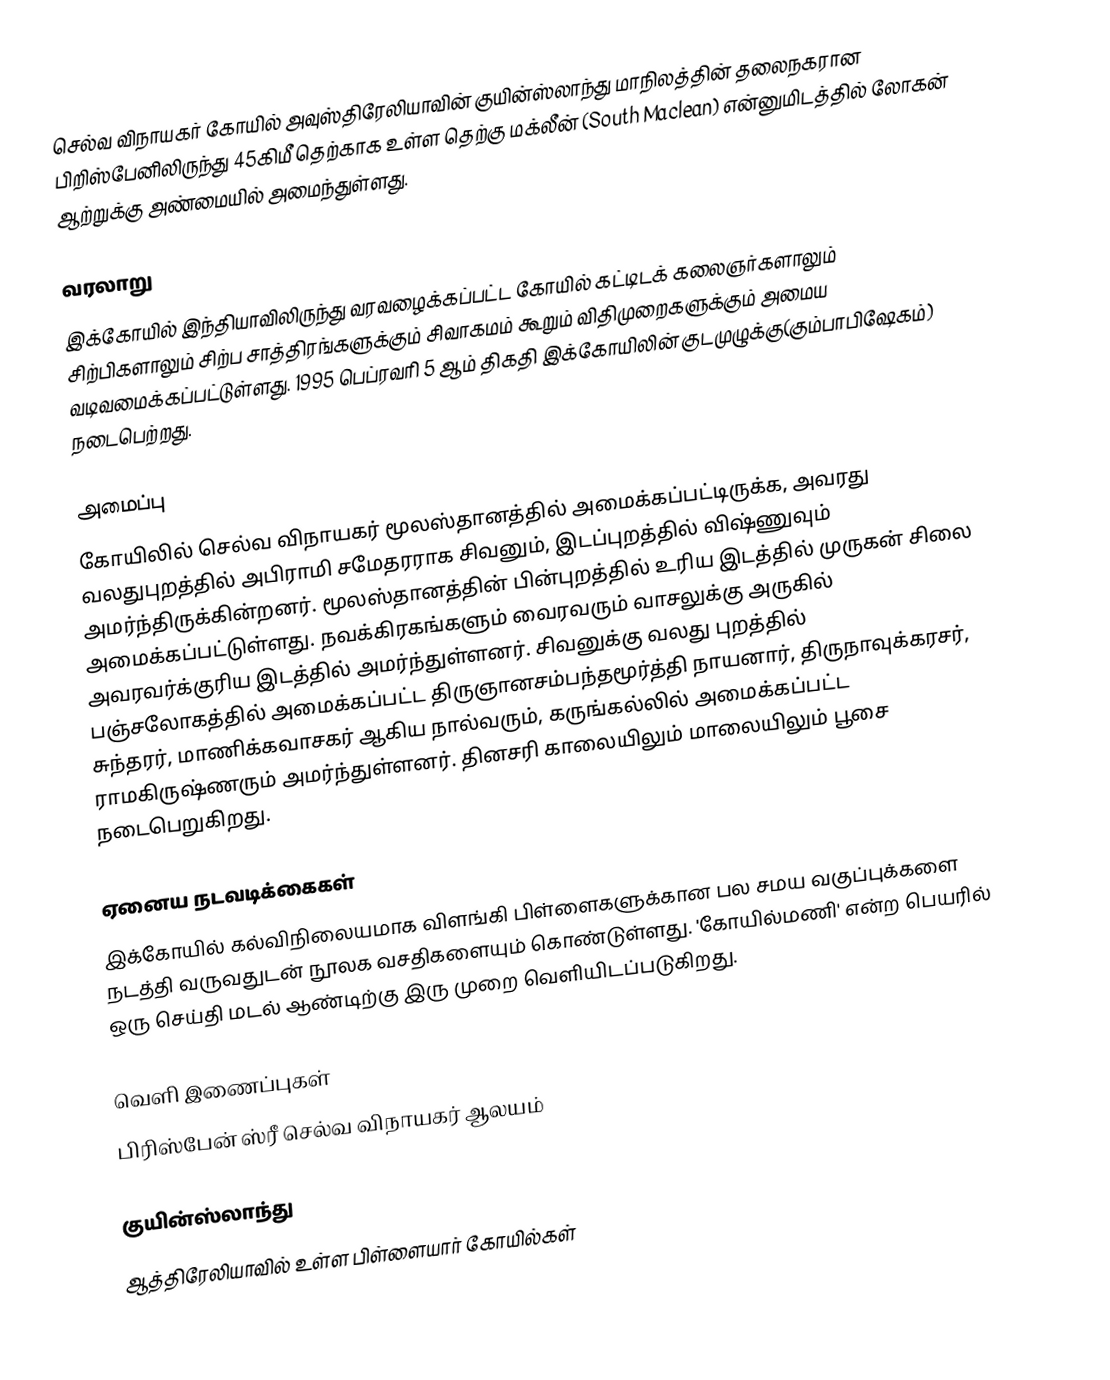
செல்வ விநாயகர் கோயில் அவுஸ்திரேலியாவின் குயின்ஸ்லாந்து மாநிலத்தின் தலைநகரான பிறிஸ்பேனிலிருந்து 45கிமீ தெற்காக உள்ள தெற்கு மக்லீன் (South Maclean) என்னுமிடத்தில் லோகன் ஆற்றுக்கு அண்மையில் அமைந்துள்ளது.

வரலாறு
இக்கோயில் இந்தியாவிலிருந்து வரவழைக்கப்பட்ட கோயில் கட்டிடக் கலைஞர்களாலும் சிற்பிகளாலும் சிற்ப சாத்திரங்களுக்கும் சிவாகமம் கூறும் விதிமுறைகளுக்கும் அமைய வடிவமைக்கப்பட்டுள்ளது. 1995 பெப்ரவரி 5 ஆம் திகதி இக்கோயிலின் குடமுழுக்கு(கும்பாபிஷேகம்) நடைபெற்றது.

அமைப்பு
கோயிலில் செல்வ விநாயகர் மூலஸ்தானத்தில் அமைக்கப்பட்டிருக்க, அவரது வலதுபுறத்தில் அபிராமி சமேதரராக சிவனும், இடப்புறத்தில் விஷ்ணுவும் அமர்ந்திருக்கின்றனர். மூலஸ்தானத்தின் பின்புறத்தில் உரிய இடத்தில் முருகன் சிலை அமைக்கப்பட்டுள்ளது. நவக்கிரகங்களும் வைரவரும் வாசலுக்கு அருகில் அவரவர்க்குரிய இடத்தில் அமர்ந்துள்ளனர். சிவனுக்கு வலது புறத்தில் பஞ்சலோகத்தில் அமைக்கப்பட்ட திருஞானசம்பந்தமூர்த்தி நாயனார், திருநாவுக்கரசர், சுந்தரர், மாணிக்கவாசகர் ஆகிய நால்வரும், கருங்கல்லில் அமைக்கப்பட்ட ராமகிருஷ்ணரும் அமர்ந்துள்ளனர். தினசரி காலையிலும் மாலையிலும் பூசை நடைபெறுகி்றது.

ஏனைய நடவடிக்கைகள்
இக்கோயில் கல்விநிலையமாக விளங்கி பிள்ளைகளுக்கான பல சமய வகுப்புக்களை நடத்தி வருவதுடன் நூலக வசதிகளையும் கொண்டுள்ளது. 'கோயில்மணி' என்ற பெயரில் ஒரு செய்தி மடல் ஆண்டிற்கு இரு முறை வெளியிடப்படுகிறது.

வெளி இணைப்புகள்
பிரிஸ்பேன் ஸ்ரீ செல்வ விநாயகர் ஆலயம்

குயின்ஸ்லாந்து
ஆத்திரேலியாவில் உள்ள பிள்ளையார் கோயில்கள்